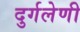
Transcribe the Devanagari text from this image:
दुर्गलेणी